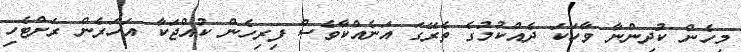
މިހެން ކުދިންނާ ވާހަކަ ދެއްކުމުގެ ތެރޭގަ އަނެއްކާވެސް ފިރިހެން ކުއްޖަކާ އަހަރެން ރަށްޓެހި